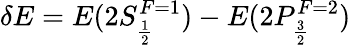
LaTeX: \delta E=E(2S_{\frac{1}{2}}^{F=1})-E(2P_{\frac{3}{2}}^{F=2})